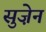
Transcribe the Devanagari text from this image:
सुज़ेन